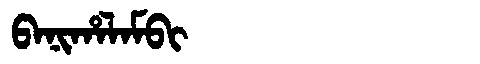
Manchu: ᠪᠠᠨᡳᡥᠠᠯᠠᠮᠪᡳ
Romanization: BANIHALAMBI